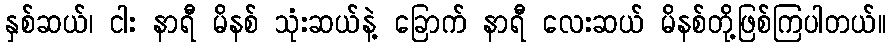
နှစ်ဆယ်၊ ငါး နာရီ မိနစ် သုံးဆယ်နဲ့ ခြောက် နာရီ လေးဆယ် မိနစ်တို့ဖြစ်ကြပါတယ်။